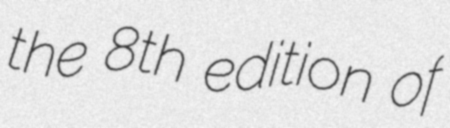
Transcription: the 8th edition of